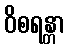
ဝိစရန္တာ